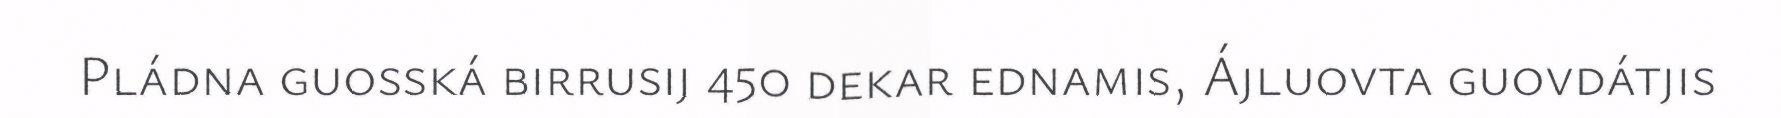
Pládna guosská birrusij 450 dekar ednamis, Ájluovta guovdátjis